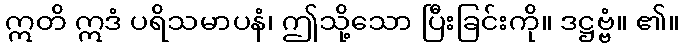
ဣတိ ဣဒံ ပရိသမာပနံ၊ ဤသို့သော ပြီးခြင်းကို။ ဒဋ္ဌဗ္ဗံ။ ၏။